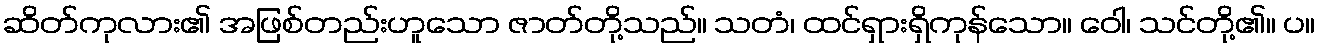
ဆိတ်ကုလား၏ အဖြစ်တည်းဟူသော ဇာတ်တို့သည်။ သတံ၊ ထင်ရှားရှိကုန်သော။ ဝေါ၊ သင်တို့၏။ ပ။